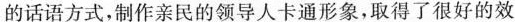
的话语方式，制作亲民的领导人卡通形象，取得了很好的效